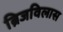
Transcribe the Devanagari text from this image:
ब्रिजविलास